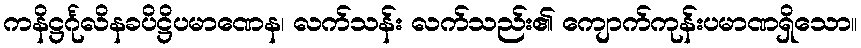
ကနိဋ္ဌင်္ဂုလိနခပိဋ္ဌိပမာဏေန၊ လက်သန်း လက်သည်း၏ ကျောက်ကုန်းပမာဏရှိသော။